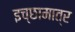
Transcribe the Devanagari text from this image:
इच्छामात्र